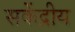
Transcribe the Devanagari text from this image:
सकेंद्रीय